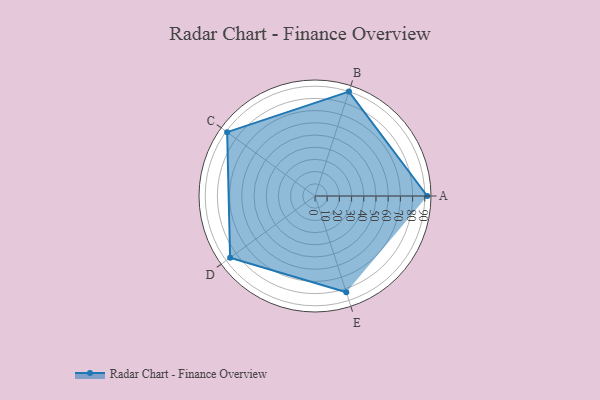
{"axis": {"x": "Skill", "y": "Score"}, "legend": ["Profile"], "data": [{"x": "A", "y": 92.0, "type": "Profile"}, {"x": "B", "y": 90.0, "type": "Profile"}, {"x": "C", "y": 89.0, "type": "Profile"}, {"x": "D", "y": 86.0, "type": "Profile"}, {"x": "E", "y": 83.0, "type": "Profile"}]}